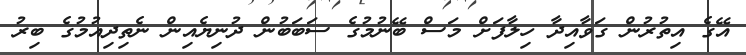
އޭގެ އިތުރުން ގަވާއިދާ ހިލާފަށް މަސް ބޭނުމުގެ ސަބަބުން ދުނިޔެއިން ނެތިދިއުމުގެ ބިރު